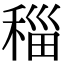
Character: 䅔